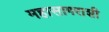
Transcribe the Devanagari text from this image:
महासागराशी